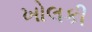
ખોલકી